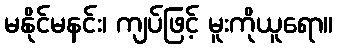
မနိုင်မနင်း၊ ကျပ်ဖြင့် မူးကိုယူရော။